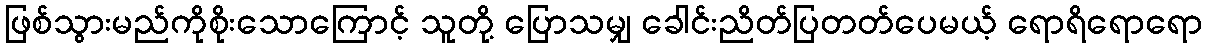
ဖြစ်သွားမည်ကိုစိုးသောကြောင့် သူတို့ ပြောသမျှ ခေါင်းညိတ်ပြတတ်ပေမယ့် ရောရိရောရော